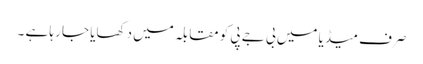
صرف میڈیا میں بی جے پی کو مقابلہ میں دکھایا جا رہا ہے ۔